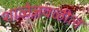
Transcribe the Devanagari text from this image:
शाळेजवळील